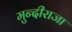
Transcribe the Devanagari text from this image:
मुन्दीराजा